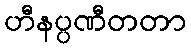
ဟီနပ္ပဏီတတာ